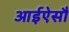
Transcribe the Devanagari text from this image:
आईऐसौ